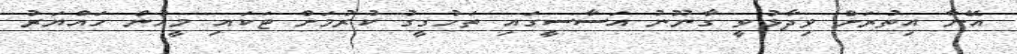
އޭނާ އިތުރަށް ވިދާޅުވީ ގާނޫނު އަސާސީގައި ތަހުގީގު ކުރުމަށް ޓަކައި މީހުން ހައްޔަރު